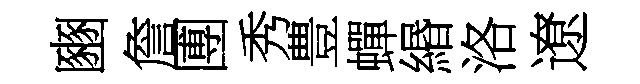
豳詹圑秀豊蟬緡洛遼